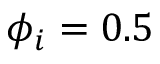
\phi _ { i } = 0 . 5